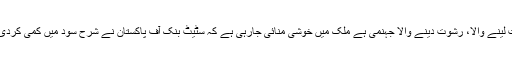
رشوت لینے والا، رشوت دینے والا جہنمی ہے ملک میں خوشی منائی جارہی ہے کہ سٹیٹ بنک آف پاکستان نے شرح سود میں کمی کردی ہے؟